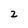
Character: 2